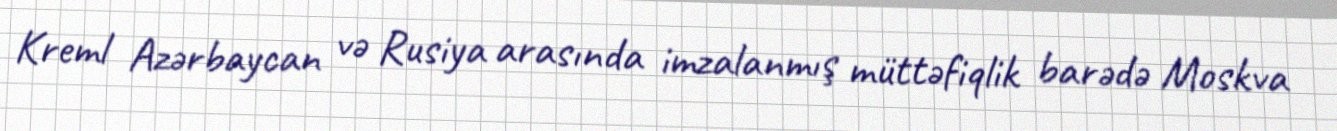
Kreml Azərbaycan və Rusiya arasında imzalanmış müttəfiqlik barədə Moskva